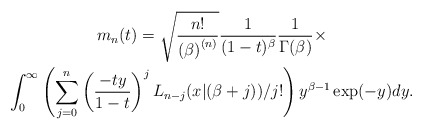
\begin{gather*}m_{n}(t)=\allowbreak \sqrt{\frac{n!}{\left( \beta \right) ^{\left( n\right) }}}\frac{1}{(1-t)^{\beta }}\frac{1}{\Gamma (\beta )}\times \\\int_{0}^{\infty }\left( \sum_{j=0}^{n}\left( \frac{-ty}{1-t}\right)^{j}L_{n-j}(x|(\beta +j))/j!\right) y^{\beta -1}\exp (-y)dy.\end{gather*}